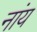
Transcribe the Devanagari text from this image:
नांय